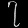
Digit: ၇